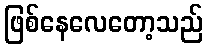
ဖြစ်နေလေတော့သည်